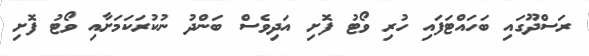
ރަސްދޫގައި ބަހައްޓަފައި ހުރި ވޯޓު ފޮށި އަދިވެސް ބަންދު ނުކުރަކަމަށާއި ވޯޓު ފޮށި